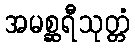
အမစ္ဆရီသုတ္တံ